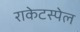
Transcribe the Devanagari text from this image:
राकेटस्पेल